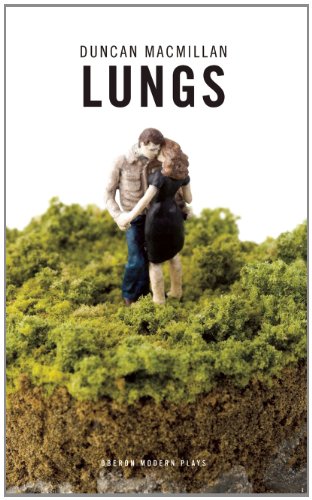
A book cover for Lungs (Oberon Modern Plays); Duncan Macmillan; Literature & Fiction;